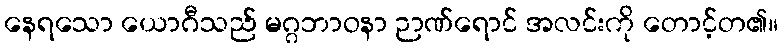
နေရသော ယောဂီသည် မဂ္ဂဘာဝနာ ဉာဏ်ရောင် အလင်းကို တောင့်တ၏။